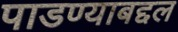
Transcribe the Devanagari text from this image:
पाडण्याबद्दल